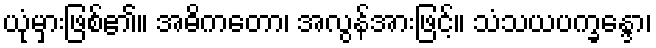
ယုံမှားဖြစ်၏။ အဓိကတော၊ အလွန်အားဖြင့်။ သံသယပက္ခန္ဒော၊